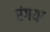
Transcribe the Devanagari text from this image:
रंगया